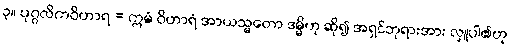
၃။ ပုဂ္ဂလိကဝိဟာရ = ဣမံ ဝိဟာရံ အာယသ္မတော ဒမ္မိဟု ဆို၍ အရှင်ဘုရားအား လှူပါ၏ဟု